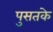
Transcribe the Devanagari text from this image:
पुसतके